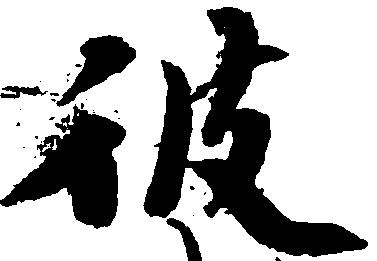
彼